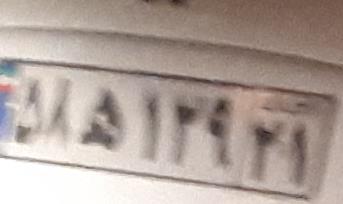
۵۸ه۱۲۹۲۱